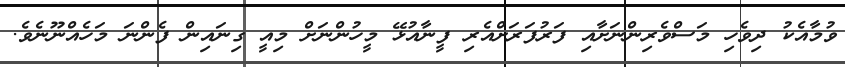
ވުމާއެކު ދިވެހި މަސްވެރިންނަށާއި ފަރުފަރަށްއެރި ފީނާއުޅޭ މީހުންނަށް މިއީ ގިނައިން ފެންނަ މަހެއްނޫނެވެ.